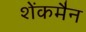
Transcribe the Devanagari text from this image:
शेंकमैन